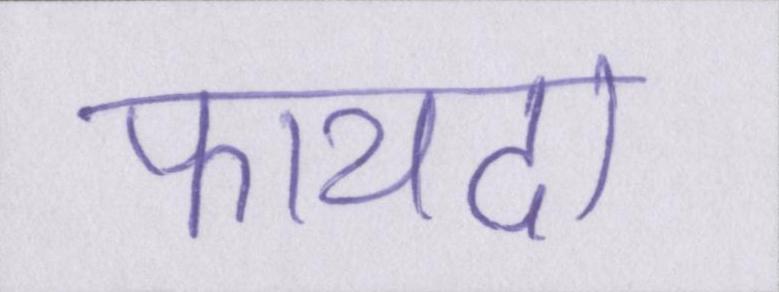
फायदा